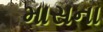
માસના